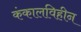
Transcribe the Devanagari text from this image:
कंकालविहीन